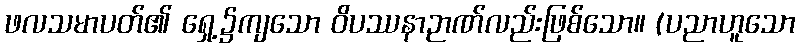
ဖလသမာပတ်၏ ရှေ့၌ကျသော ဝိပဿနာဉာဏ်လည်းဖြစ်သော။ (ပညာဟူသော